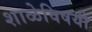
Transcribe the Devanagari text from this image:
शाळेविषयी